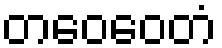
တဝေဝေတံ